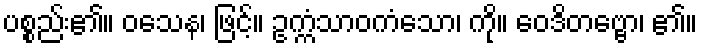
ပစ္စည်း၏။ ဝသေန၊ ဖြင့်။ ဥက္ကံသာဝကံသော၊ ကို။ ဝေဒိတဗ္ဗော၊ ၏။